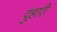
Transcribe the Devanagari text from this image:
दुहाएी